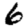
Digit: 6